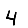
Digit: 4